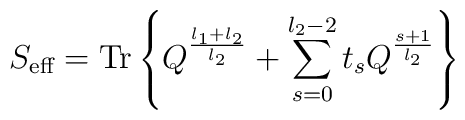
S_{\mbox{\scriptsize{eff}}} = \mbox{Tr} \left\{ Q^{\frac{l_1+l_2}{l_2}}+\sum_{s=0}^{l_2-2} t_s Q^{\frac{s+1}{l_2}} \right\}